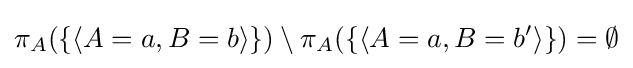
\pi _{A}(\{\langle A=a,B=b\rangle \})\setminus \pi _{A}(\{\langle A=a,B=b'\rangle \})=\emptyset